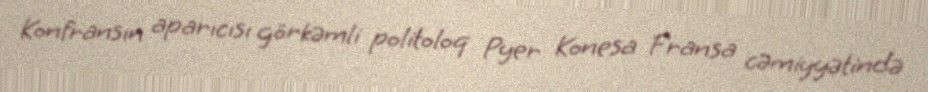
Konfransın aparıcısı görkəmli politoloq Pyer Konesa Fransa cəmiyyətində